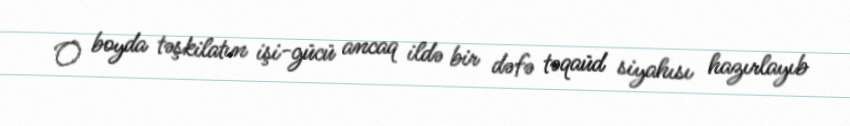
O boyda təşkilatın işi-gücü ancaq ildə bir dəfə təqaüd siyahısı hazırlayıb